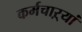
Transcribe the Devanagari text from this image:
कर्मचाऱ्यां